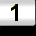
Digit: 1